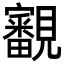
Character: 覾